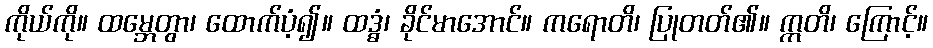
ကိုယ်ကို။ ထမ္ဘေတွာ၊ ထောက်ပံ့၍။ ထဒ္ဓံ၊ ခိုင်မာအောင်။ ကရောတိ၊ ပြုတတ်၏။ ဣတိ၊ ကြောင့်။